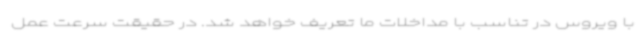
با ویروس در تناسب با مداخلات ما تعریف خواهد شد. در حقیقت سرعت عمل